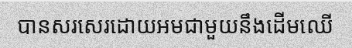
បានសរសេរដោយអមជាមួយនឹងដើមឈើ